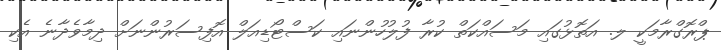
ޕްރޮގްރާމަކީ ލ. އަތޮޅުގައި މަސައްކަތް ކުރާ ފުލުހުންނައި ކަސްޓޯޑިއަލް އޮފިސަރުންނަށް ދިމާވެދާނެ އެކި